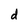
Character: d